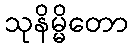
သုနိမ္မိတော